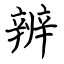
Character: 辨